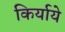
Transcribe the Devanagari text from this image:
किर्याये